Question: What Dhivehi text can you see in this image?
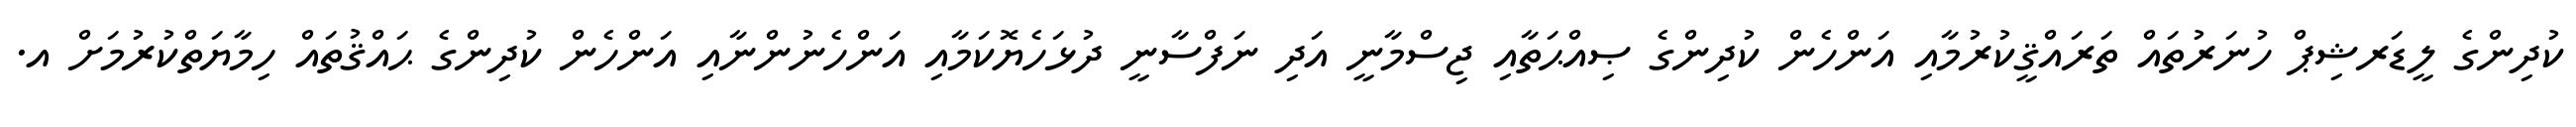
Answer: ކުދިންގެ ލީޑަރޝިޕް ހުނަރުތައް ތަރައްޤީކުރުމާއި އަންހެން ކުދިންގެ ޞިއްޙަތާއި ޖިސްމާނީ އަދި ނަފްސާނީ ދުޅަހެޔޮކަމާއި އަންހެނުންނާއި އަންހެން ކުދިންގެ ޙައްޤުތައް ހިމާޔަތްކުރުމަށް އ.